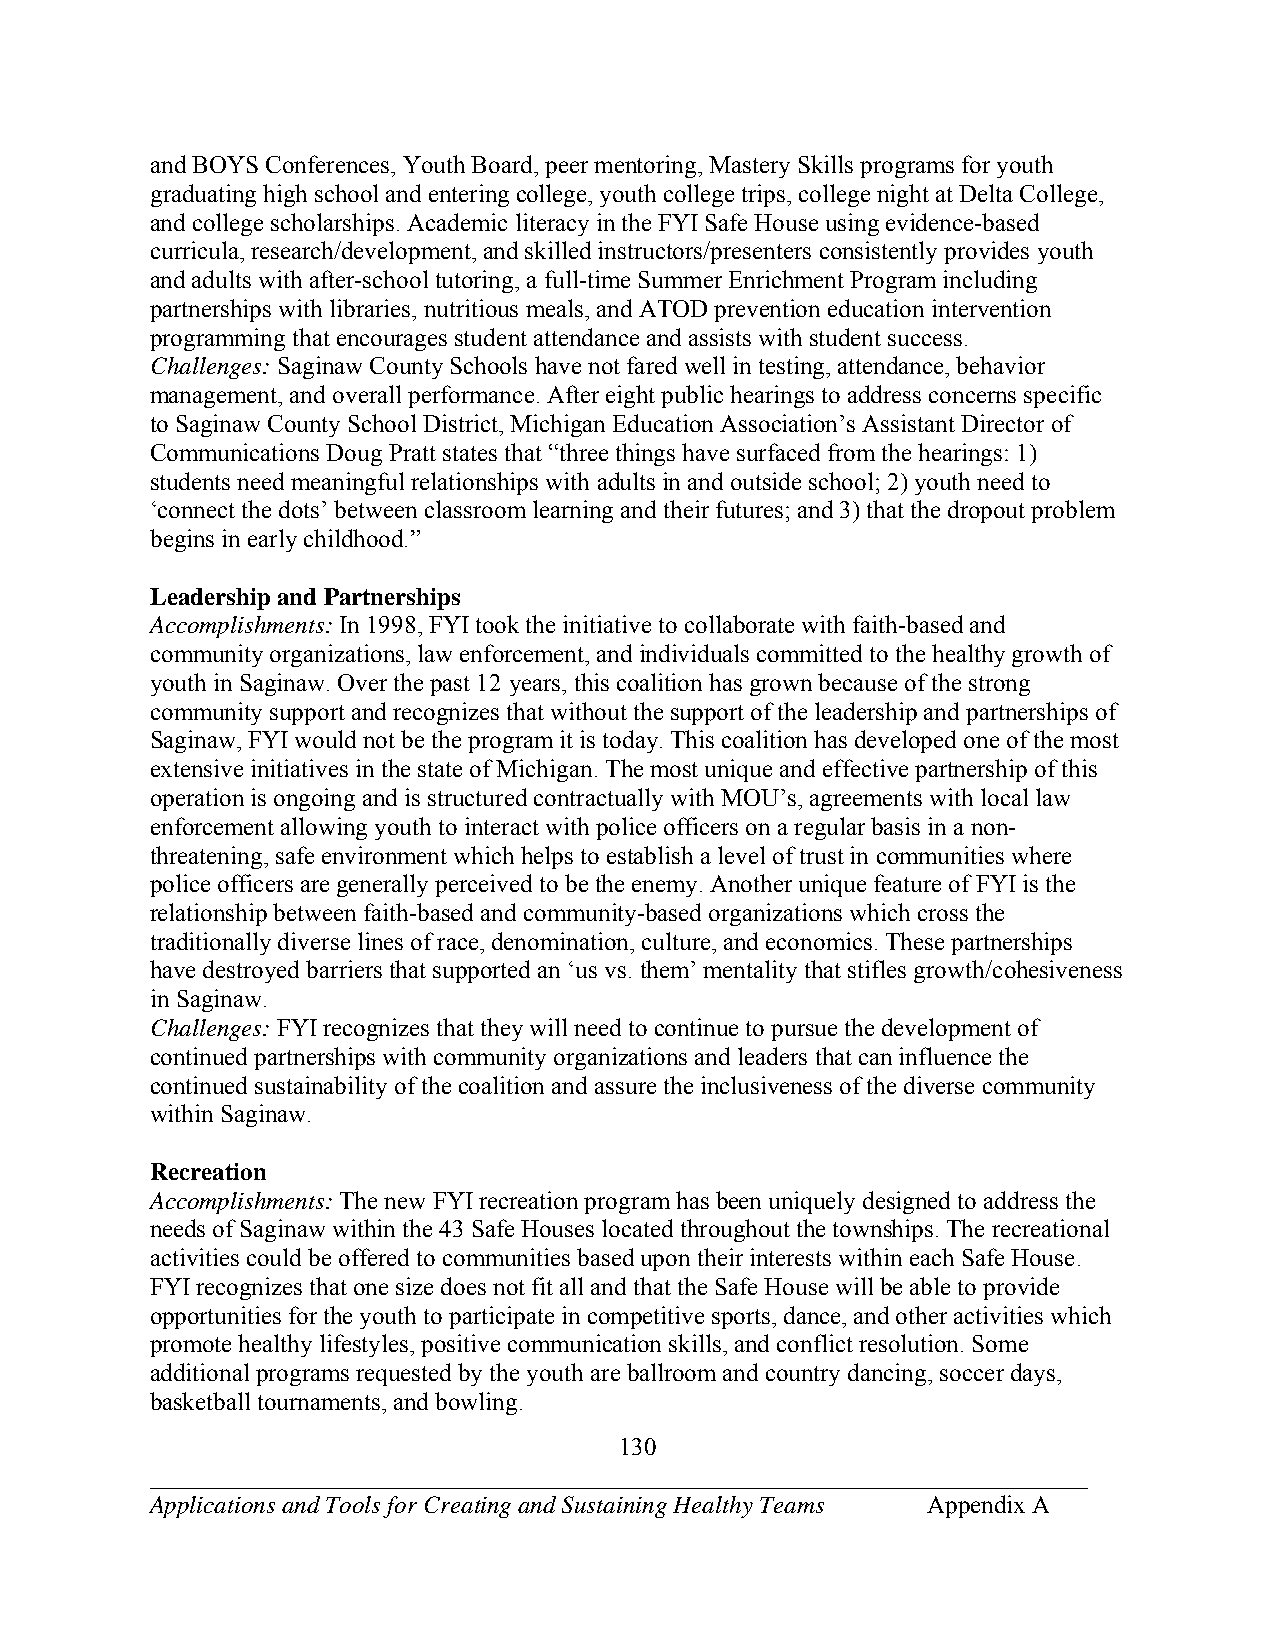
and BOYS Conferences, Youth Board, peer mentoring, Mastery Skills programs for youth
 graduating high school and entering college, youth college trips, college night at Delta College,
 and college scholarships. Academic literacy in the FYI Safe House using evidence-based
 curricula, research/development, and skilled instructors/presenters consistently provides youth
 and adults with after-school tutoring, a full-time Summer Enrichment Program including
 partnerships with libraries, nutritious meals, and ATOD prevention education intervention
 programming that encourages student attendance and assists with student success.
 Challenges: Saginaw County Schools have not fared well in testing, attendance, behavior
 management, and overall performance. After eight public hearings to address concerns specific
 to Saginaw County School District, Michigan Education Association’s Assistant Director of
 Communications Doug Pratt states that “three things have surfaced from the hearings: 1)
 students need meaningful relationships with adults in and outside school; 2) youth need to
 ‘connect the dots’ between classroom learning and their futures; and 3) that the dropout problem
 begins in early childhood.”
 Leadership and Partnerships
 Accomplishments: In 1998, FYI took the initiative to collaborate with faith-based and
 community organizations, law enforcement, and individuals committed to the healthy growth of
 youth in Saginaw. Over the past 12 years, this coalition has grown because of the strong
 community support and recognizes that without the support of the leadership and partnerships of
 Saginaw, FYI would not be the program it is today. This coalition has developed one of the most
 extensive initiatives in the state of Michigan. The most unique and effective partnership of this
 operation is ongoing and is structured contractually with MOU’s, agreements with local law
 enforcement allowing youth to interact with police officers on a regular basis in a non-
 threatening, safe environment which helps to establish a level of trust in communities where
 police officers are generally perceived to be the enemy. Another unique feature of FYI is the
 relationship between faith-based and community-based organizations which cross the
 traditionally diverse lines of race, denomination, culture, and economics. These partnerships
 have destroyed barriers that supported an ‘us vs. them’ mentality that stifles growth/cohesiveness
 in Saginaw.
 Challenges: FYI recognizes that they will need to continue to pursue the development of
 continued partnerships with community organizations and leaders that can influence the
 continued sustainability of the coalition and assure the inclusiveness of the diverse community
 within Saginaw.
 Recreation
 Accomplishments: The new FYI recreation program has been uniquely designed to address the
 needs of Saginaw within the 43 Safe Houses located throughout the townships. The recreational
 activities could be offered to communities based upon their interests within each Safe House.
 FYI recognizes that one size does not fit all and that the Safe House will be able to provide
 opportunities for the youth to participate in competitive sports, dance, and other activities which
 promote healthy lifestyles, positive communication skills, and conflict resolution. Some
 additional programs requested by the youth are ballroom and country dancing, soccer days,
 basketball tournaments, and bowling.
 130
 ___________________________________________________________________________
 Applications and Tools for Creating and Sustaining Healthy Teams Appendix A